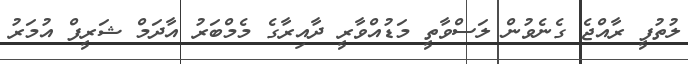
ލުތުފީ ރާއްޖެ ގެނެވުން ލަސްވާތީ މަޑުއްވާރީ ދާއިރާގެ މެމްބަރު އާދަމް ޝަރީފް އުމަރު